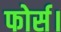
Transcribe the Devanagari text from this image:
फोर्स।